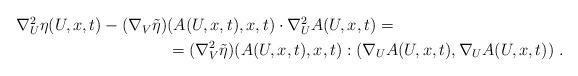
LaTeX: \begin{align*}\begin{aligned}\nabla^2_U \eta (U,x,t) - (\nabla_V \tilde{\eta} )& (A(U,x,t),x,t) \cdot \nabla^2_U A(U,x,t)= \\&=(\nabla_V^2 \tilde{\eta})(A(U,x,t),x,t) : ( \nabla_U A(U,x,t) , \nabla_U A(U,x,t) ) \;.\end{aligned}\end{align*}